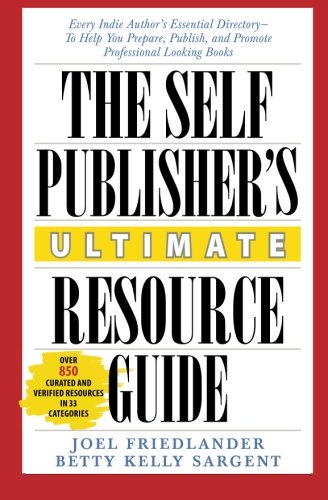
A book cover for The Self-Publisher's Ultimate Resource Guide: Every Indie Author's Essential Directory - To Help You Prepare, Publish, and Promote Professional Looking Books; Joel Friedlander; Computers & Technology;